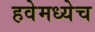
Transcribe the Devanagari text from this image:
हवेमध्येच